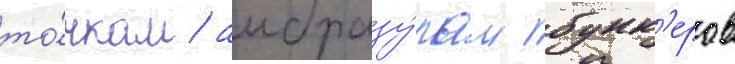
то́чкам / амбразу́рам бунк'еров